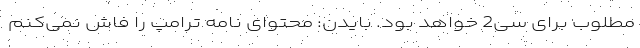
مطلوب برای سی2 خواهد بود. بایدن: محتوای نامه ترامپ را فاش نمی‌کنم